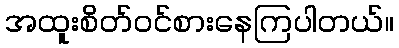
အထူးစိတ်ဝင်စားနေကြပါတယ်။